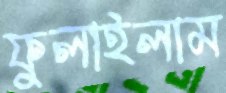
ফুলাইলাম